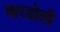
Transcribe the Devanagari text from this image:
वारडोली